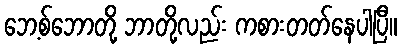
ဘေ့စ်ဘောတို့ ဘာတို့လည်း ကစားတတ်နေပါပြီ။